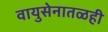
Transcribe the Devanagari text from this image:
वायुसेनातळही